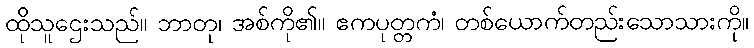
ထိုသူဌေးသည်။ ဘာတု၊ အစ်ကို၏။ ဧကပုတ္တကံ၊ တစ်ယောက်တည်းသောသားကို။